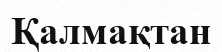
Қалмақтан